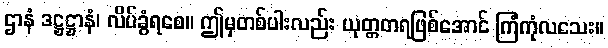
ဌာနံ ဒဋ္ဌဋ္ဌာနံ၊ လိပ်ခွံရစေ။ ဤမှတစ်ပါးလည်း ယုတ္တတရဖြစ်အောင် ကြံကုံလသေး။